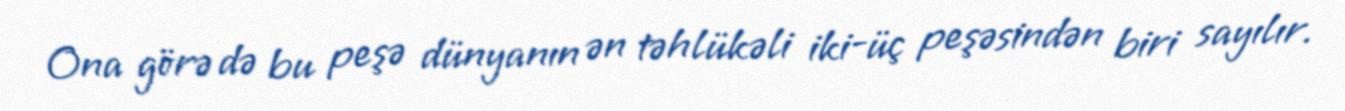
Ona görə də bu peşə dünyanın ən təhlükəli iki-üç peşəsindən biri sayılır.